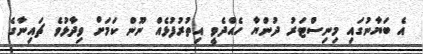
އެ ބަޔާނުގައި މިނިސްޓަރު ދުންޔާ ހެއްދެވީ އިތުރުފުޅެއް ނޫން ކަމަށް ވިދާޅުވެ ޗައިނާގެ